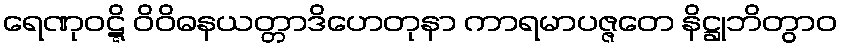
ရေဏုဝဋ္ဋိ ဝိဝိဓနယတ္တာဒိဟေတုနာ ကာရမာပဇ္ဇတေ နိဋ္ဌုဘိတွာဝ